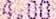
4.00